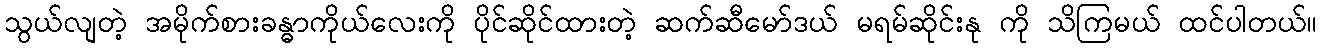
သွယ်လျတဲ့ အမိုက်စားခန္ဓာကိုယ်လေးကို ပိုင်ဆိုင်ထားတဲ့ ဆက်ဆီမော်ဒယ် မရမ်ဆိုင်းနု ကို သိကြမယ် ထင်ပါတယ်။